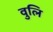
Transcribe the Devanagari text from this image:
वुलि